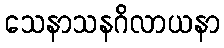
သေနာသနဂိလာယနာ